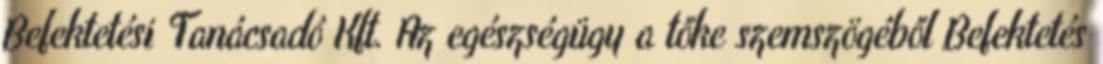
Befektetési Tanácsadó Kft. Az egészségügy a tőke szemszögéből Befektetés